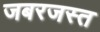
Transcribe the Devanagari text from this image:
जबरजस्त